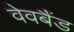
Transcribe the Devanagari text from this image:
वेवबैंड